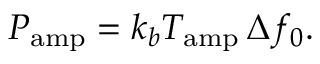
P _ { \mathrm { a m p } } = k _ { b } T _ { \mathrm { a m p } } \, \Delta f _ { 0 } .